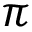
\pi